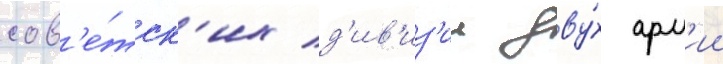
сов'е́тск'их д'ив'из'ии дву́х арм'ии